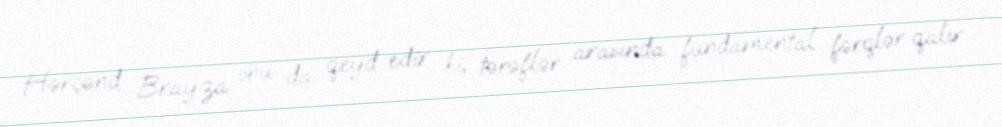
Hərçənd Brayza onu da qeyd edir ki, tərəflər arasında fundamental fərqlər qalır